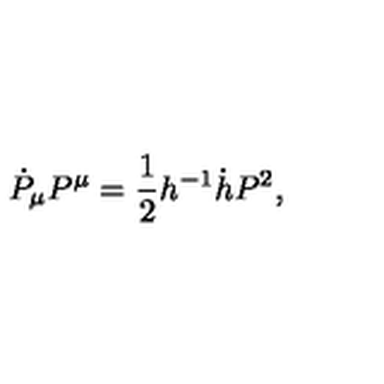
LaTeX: \dot { P } _ { \mu } P ^ { \mu } = { \frac { 1 } { 2 } } h ^ { - 1 } \dot { h } P ^ { 2 } ,